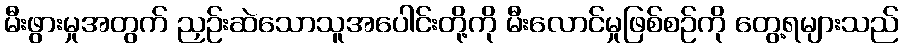
မီးဖွားမှုအတွက် ညှဉ်းဆဲသောသူအပေါင်းတို့ကို မီးလောင်မှုဖြစ်စဉ်ကို တွေ့ရများသည်